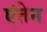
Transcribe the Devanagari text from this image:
एंतेन